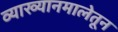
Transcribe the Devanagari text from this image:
व्याख्यानमालेतून